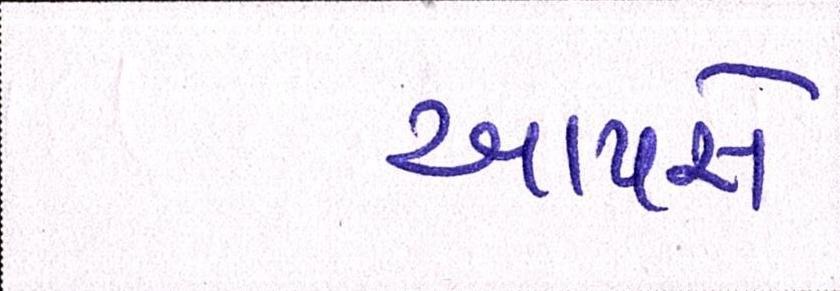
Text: આપસે